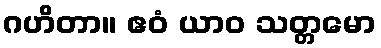
ဂဟိတာ။ ဧဝံ ယာဝ သတ္တမော